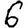
Digit: 6